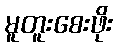
မူတူးစေးဖိုး